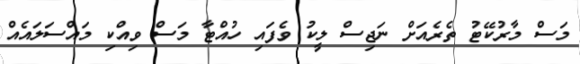
މަސް މާރުކޭޓު ތެރެއަށް ނަޖިސް ލީކު ވެފައި ހުއްޓާ މަސް ވިއްކި މައްސަލައެއް